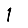
Digit: 1